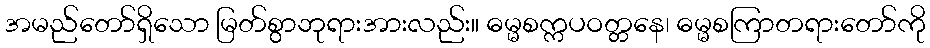
အမည်တော်ရှိသော မြတ်စွာဘုရားအားလည်း။ ဓမ္မစက္ကပဝတ္တနေ၊ ဓမ္မစကြာတရားတော်ကို